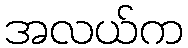
အလယ်က